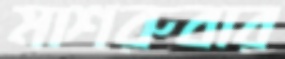
মাশরুবার